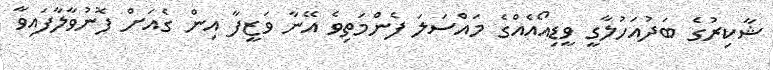
ޝާކިރުގެ ބަދުއަހުލާގީ ވީޑިއޯއެއްގެ މައްސަލަ ފެންމަތިވެ އޭނާ ވަޒީފާ އިން ގެއަށް ފޮނުވާލާފައިވާ